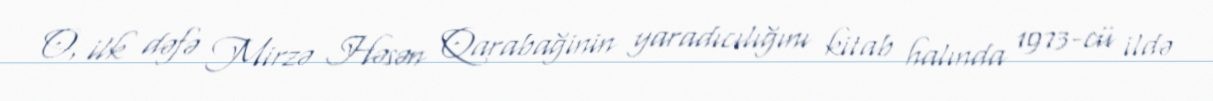
O, ilk dəfə Mirzə Həsən Qarabağinin yaradıcılığını kitab halında 1973-cü ildə